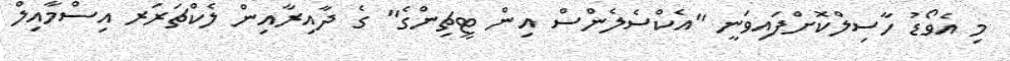
މި އެވޯޑު ހާސިލްކޮށްފައިވަނީ "އެކްސެލެންސް އިން ޓީޗިންގެ" ގެ ދާއިރާއިން ލެކްޗަރަރ އިސްމާއިލް